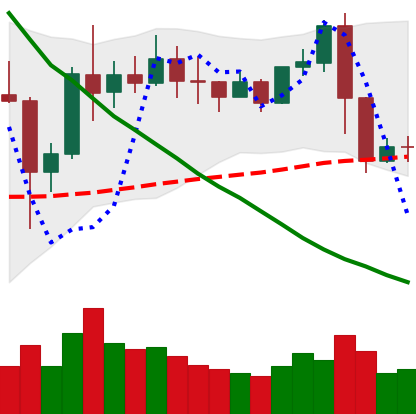
Ticker: XRP-USD
Chart end date: 2019-11-10
Forward return: -6.62%
Label: down_5_7